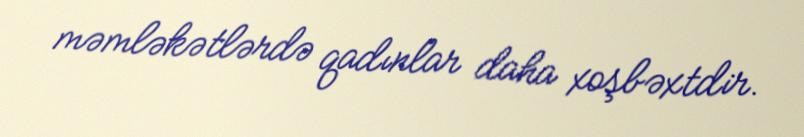
məmləkətlərdə qadınlar daha xoşbəxtdir.